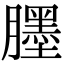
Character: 𦢓